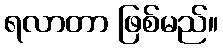
ရလာတာ ဖြစ်မည်။